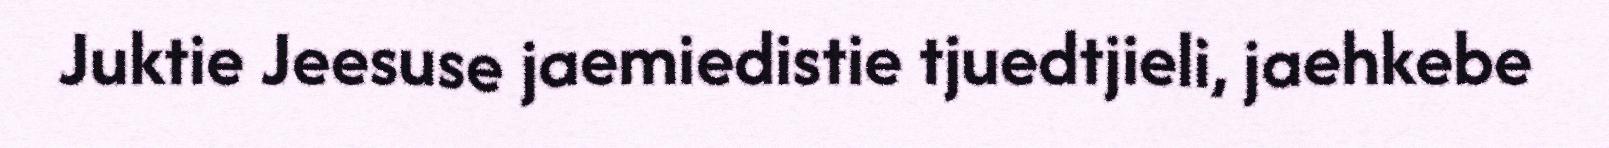
Juktie Jeesuse jaemiedistie tjuedtjieli, jaehkebe